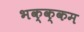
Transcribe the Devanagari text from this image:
भक्‍क्‍कम